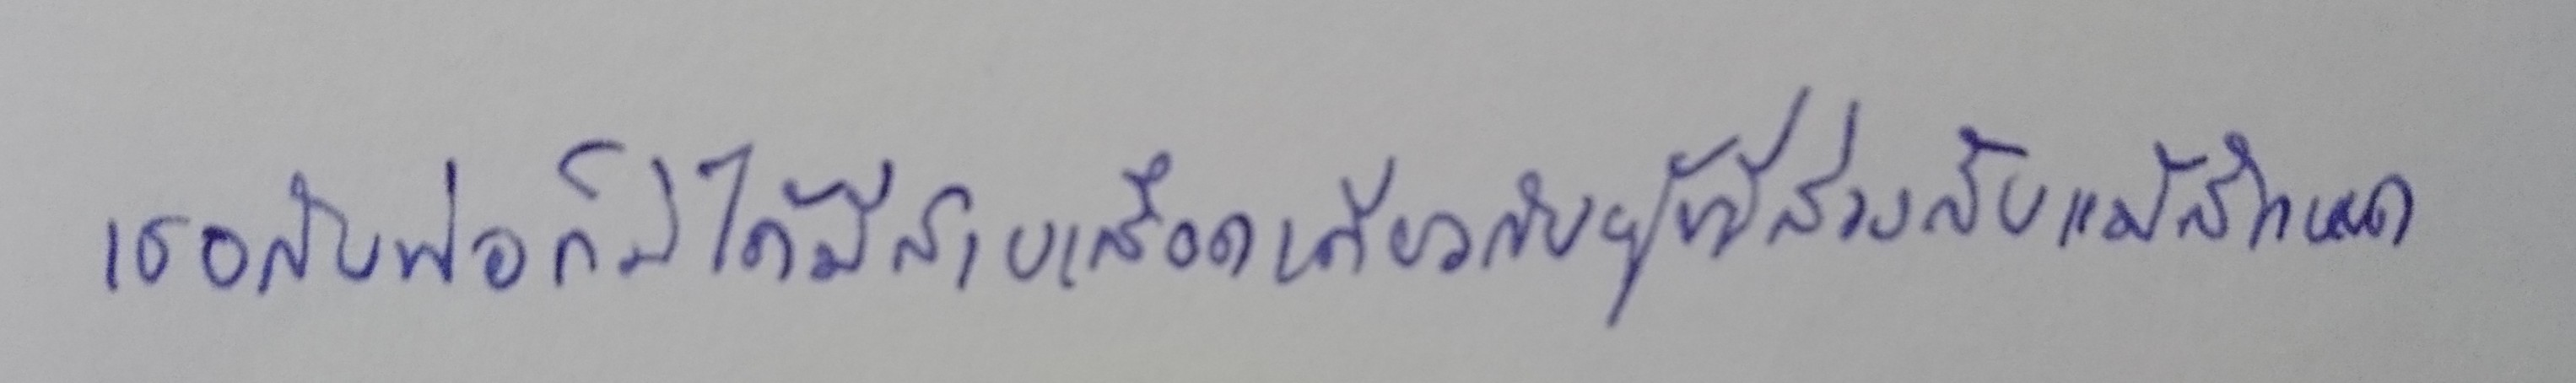
เธอกับพ่อก็มิได้มีสายเลือดเดียวกับผู้ที่ล่วงลับแม้สักหยด